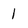
Character: 1